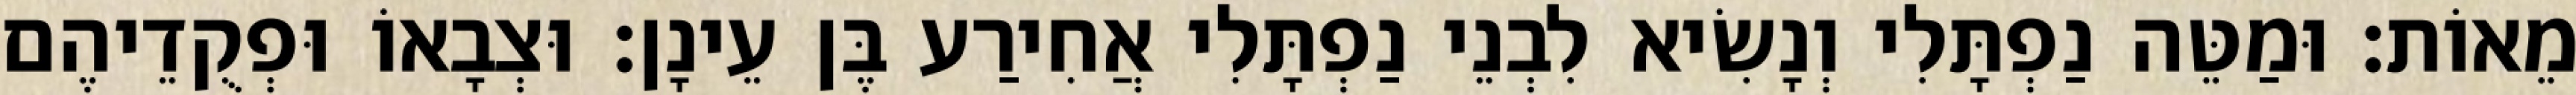
מֵאוֹת׃ וּמַטֵּה נַפְתָּלִי וְנָשִׂיא לִבְנֵי נַפְתָּלִי אֲחִירַע בֶּן עֵינָן׃ וּצְבָאוֹ וּפְקֻדֵיהֶם